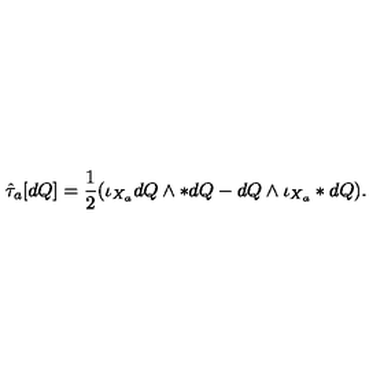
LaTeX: \hat { \tau } _ { a } [ d Q ] = \frac { 1 } { 2 } ( \iota _ { X _ { a } } d Q \wedge * d Q - d Q \wedge \iota _ { X _ { a } } * d Q ) .